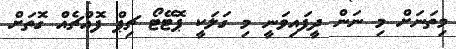
މިތަނަށް މި ނަން ދީފައިވަނީ މި ގަލަކީ ޕޮޓޭޓޯ ޗިޕް ފޮއްޗެއް ގޮތަށް